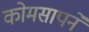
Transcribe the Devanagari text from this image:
कोमसापने